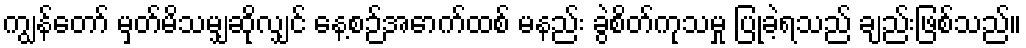
ကျွန်တော် မှတ်မိသမျှဆိုလျှင် နေ့စဉ်အောက်ထစ် မနည်း ခွဲစိတ်ကုသမှု ပြုခဲ့ရသည် ချည်းဖြစ်သည်။